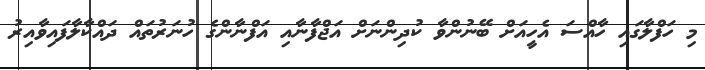
މި ހަފްލާގައި ހާއްސަ އެހީއަށް ބޭނުންވާ ކުދިންނަށް އަޖްފާނާއި އަފްނާންގެ ހުނަރުތައް ދައްކާލާފައިވާއިރު